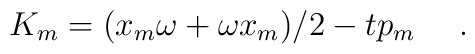
K_{m}= (x_{m}\omega + \omega x_{m})/2 - tp_{m}~~~~.